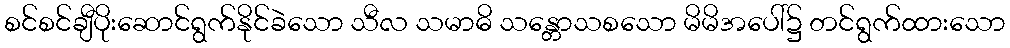
စင်စင်ချီပိုးဆောင်ရွက်နိုင်ခဲသော သီလ သမာဓိ သန္တောသစသော မိမိအပေါ်၌ တင်ရွက်ထားသော